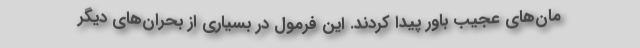
مان‌های عجیب باور پیدا کردند. این فرمول در بسیاری از بحران‌های دیگر